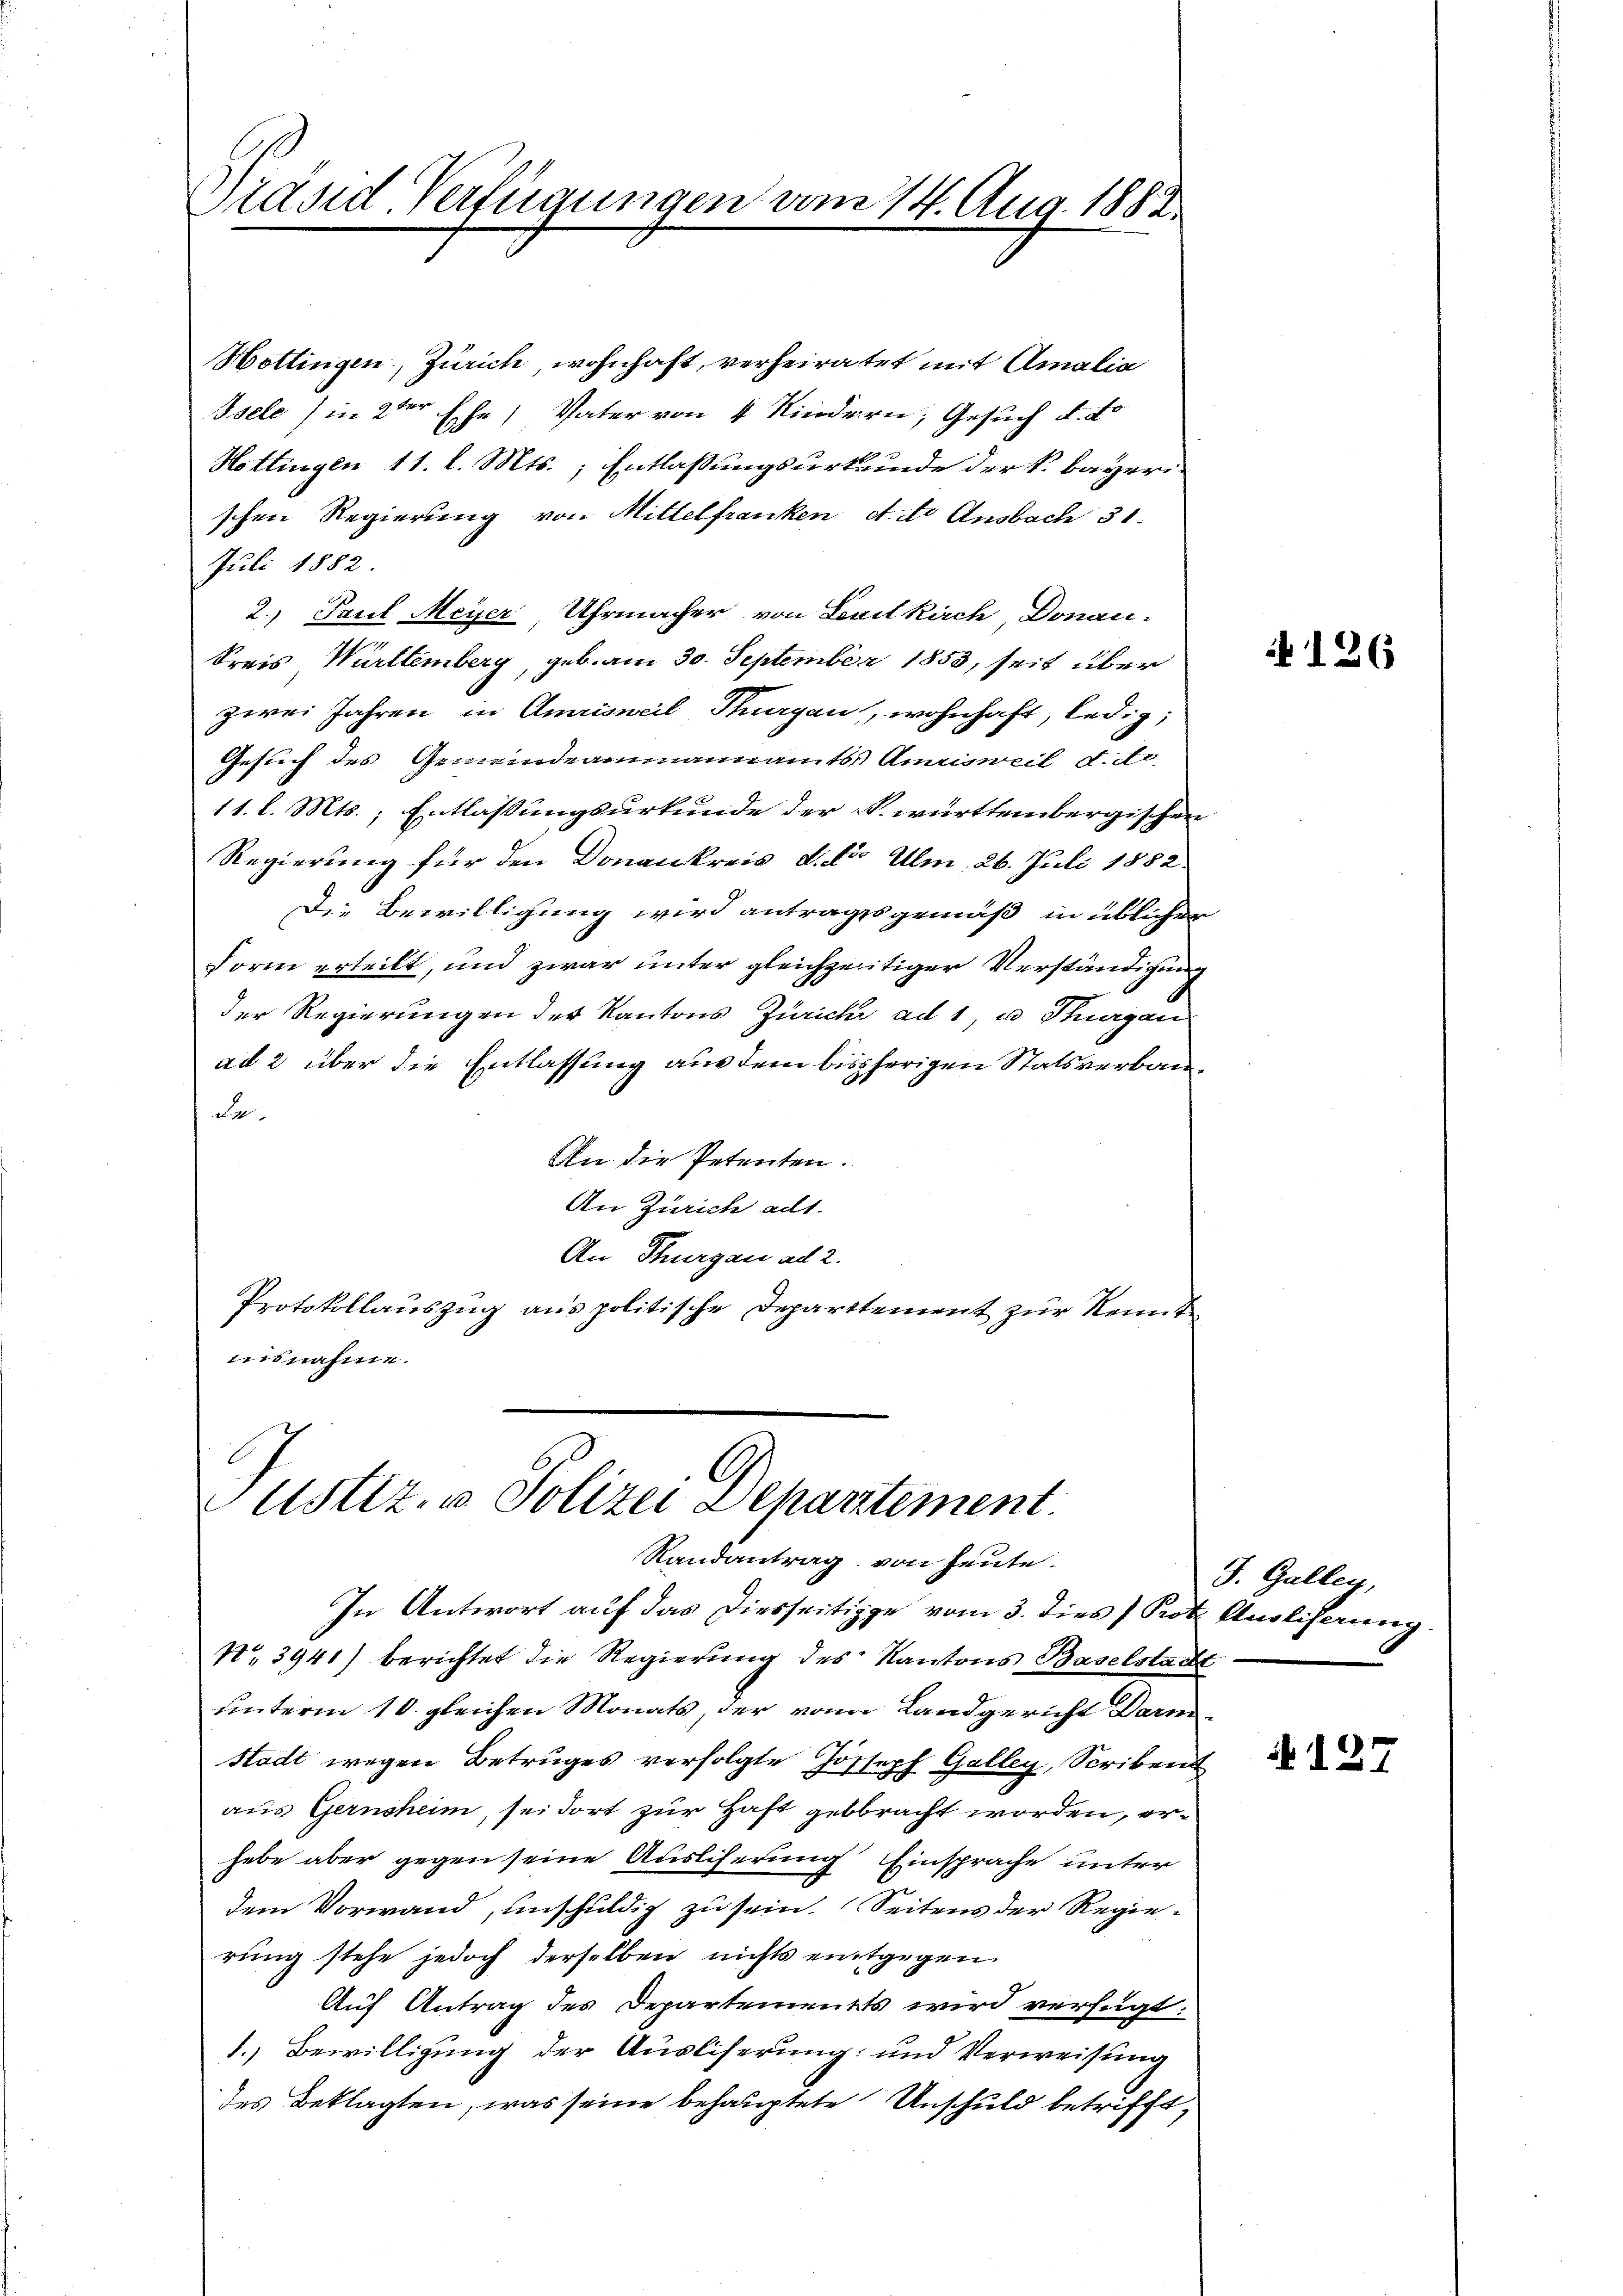
Präsid-Verfügungen vom 14. Aug. 1882.

Hottingen, Zürich wohnhaft, verheiratet mit Amalia
Isele (in 2ter Ehe, Vater von 4 Kindern, Gesuch d. d.
Hottingen 11. l. Mts., Entlassungsurkunde der k. bayeri-
schen Regierung von Mittelfranken et. to Ansbach 31.
Juli 1882
2. Paul Meyer, Uhrmacher von Levitkirch Donau-
Kreis Württemberg, geb. am 30. September 1853, seit über
zwei Jahren in Amrisneil, Thurgau, wohnhaft, ledig,
Gesuch des Gemeindeammannamts Amrisweil d. d.
11. l. Mts.; Entlassungsurkunde der k. württembergischen
Regierung für den Donankreis d. der Ulm, 26. Juli 1882
Die Bewilligung wird antragsgemäß in üblicher
Form erteilt, und zwar unter gleichzeitiger Verständigung
der Regierungen der Kantons Zürich ad 1, u. Thurgau
ad 2 über die Entlassung aus dem bisherigen Statsverbaude.
An die Petenten.
An Zürich alt.
An Thurgau ad 2.
Protokollauszug aus politische Departement zur Kennt
usnahme.

Justiz- & Polizei Departement.
Randantrag von heute.

In Antwort auf das Diesseitige vom 3. dies Prot. Ausliserung
No 3941) berichtet die Regierung des Kantons Baselstadt
unterm 10. gleichen Monats, der von Landgericht Darm¬
Stadt wegen Betruges verfolgte Joseph Galley, Scriben
aus Gernsheim, sei dort zur Haft gebbracht worden, erhabe aber gegen seine Ausliferung Einsprache unter
dem Vorwand, unschuldig zu sein. Seitens der Regierung stehe jedoch derselben nichts eintgegen
Auf Antrag des Departements wird verfügt:
1.) Bewilligung der Ausliserung und Verweisung
des Beklagten, was seine behauptete Unschuld betrifft,

i 126

J. Galley,

A127